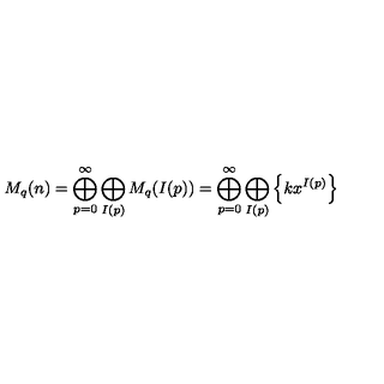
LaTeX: M _ { q } ( n ) = \bigoplus _ { p = 0 } ^ { \infty } \bigoplus _ { I ( p ) } M _ { q } ( I ( p ) ) = \bigoplus _ { p = 0 } ^ { \infty } \bigoplus _ { I ( p ) } \left\{ k x ^ { I ( p ) } \right\}